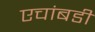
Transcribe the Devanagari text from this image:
एचांबडी